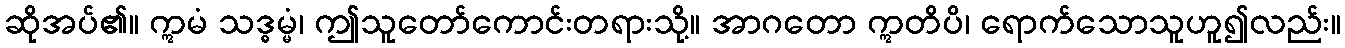
ဆိုအပ်၏။ ဣမံ သဒ္ဓမ္မံ၊ ဤသူတော်ကောင်းတရားသို့။ အာဂတော ဣတိပိ၊ ရောက်သောသူဟူ၍လည်း။